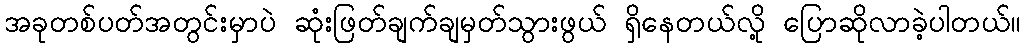
အခုတစ်ပတ်အတွင်းမှာပဲ ဆုံးဖြတ်ချက်ချမှတ်သွားဖွယ် ရှိနေတယ်လို့ ပြောဆိုလာခဲ့ပါတယ်။